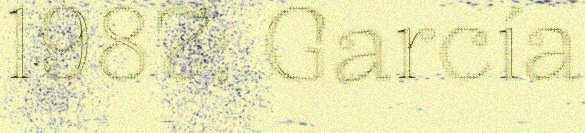
1987; García